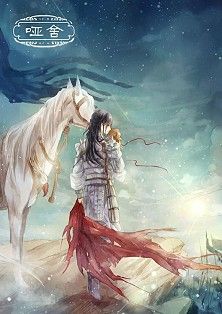
云横秦岭家何在？雪拥蓝关马不前。